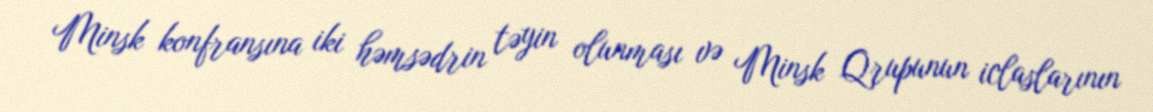
Minsk konfransına iki həmsədrin təyin olunması və Minsk Qrupunun iclaslarının